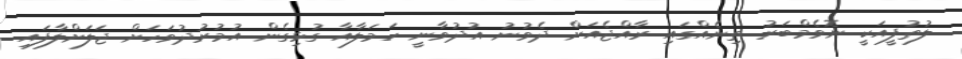
ލުތުފީއަކީ ނޮވެމްބަރު ތިނެއްގައި ރާއްޖެއަށް ދެވުނު އުދުވާނީ ހަމަލާއާ ގުޅިގެން އުމުރުދުވަހަށް ޖަލަށްލާފައި